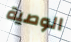
الوصية